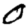
Digit: 0